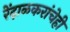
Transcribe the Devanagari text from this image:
रेंदाळकरांचेही